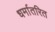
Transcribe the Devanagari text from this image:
धर्मातरित